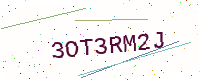
Text: 3OT3RM2J